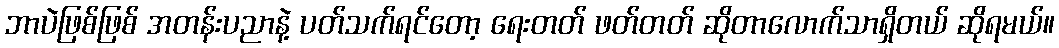
ဘာပဲဖြစ်ဖြစ် အတန်းပညာနဲ့ ပတ်သက်ရင်တော့ ရေးတတ် ဖတ်တတ် ဆိုတာလောက်သာရှိတယ် ဆိုရမယ်။